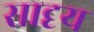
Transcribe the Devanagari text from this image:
सादृय